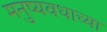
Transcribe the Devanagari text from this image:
मनुष्यवधाच्या